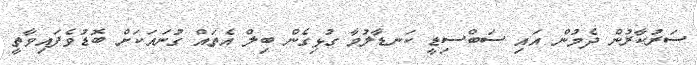
ސަރުކާރުން ދެމުން އައި ސަބްސިޑީ ކަނޑާލުމާ ގުޅިގެން ބިލް އެތައް ގުނައަކަށް ބޮޑުވެފައިވާތީ